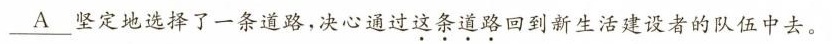
\underline{A} 坚定地选择了一条道路，决心通过这条道路回到新生活建设者的队伍中去。